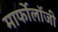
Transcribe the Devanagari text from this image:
मार्फोलॉजी